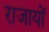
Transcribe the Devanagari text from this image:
राजायों